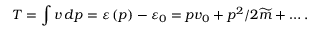
T = \int v \, d p = \varepsilon \left( p \right) - \varepsilon _ { 0 } = p v _ { 0 } + p ^ { 2 } / 2 \widetilde { m } + \ldots .